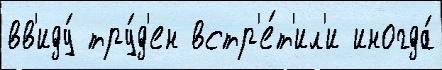
вв'иду́ тру́д'ен встр'е́т'ил'и иногда́